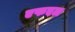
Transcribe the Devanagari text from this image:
एफएल